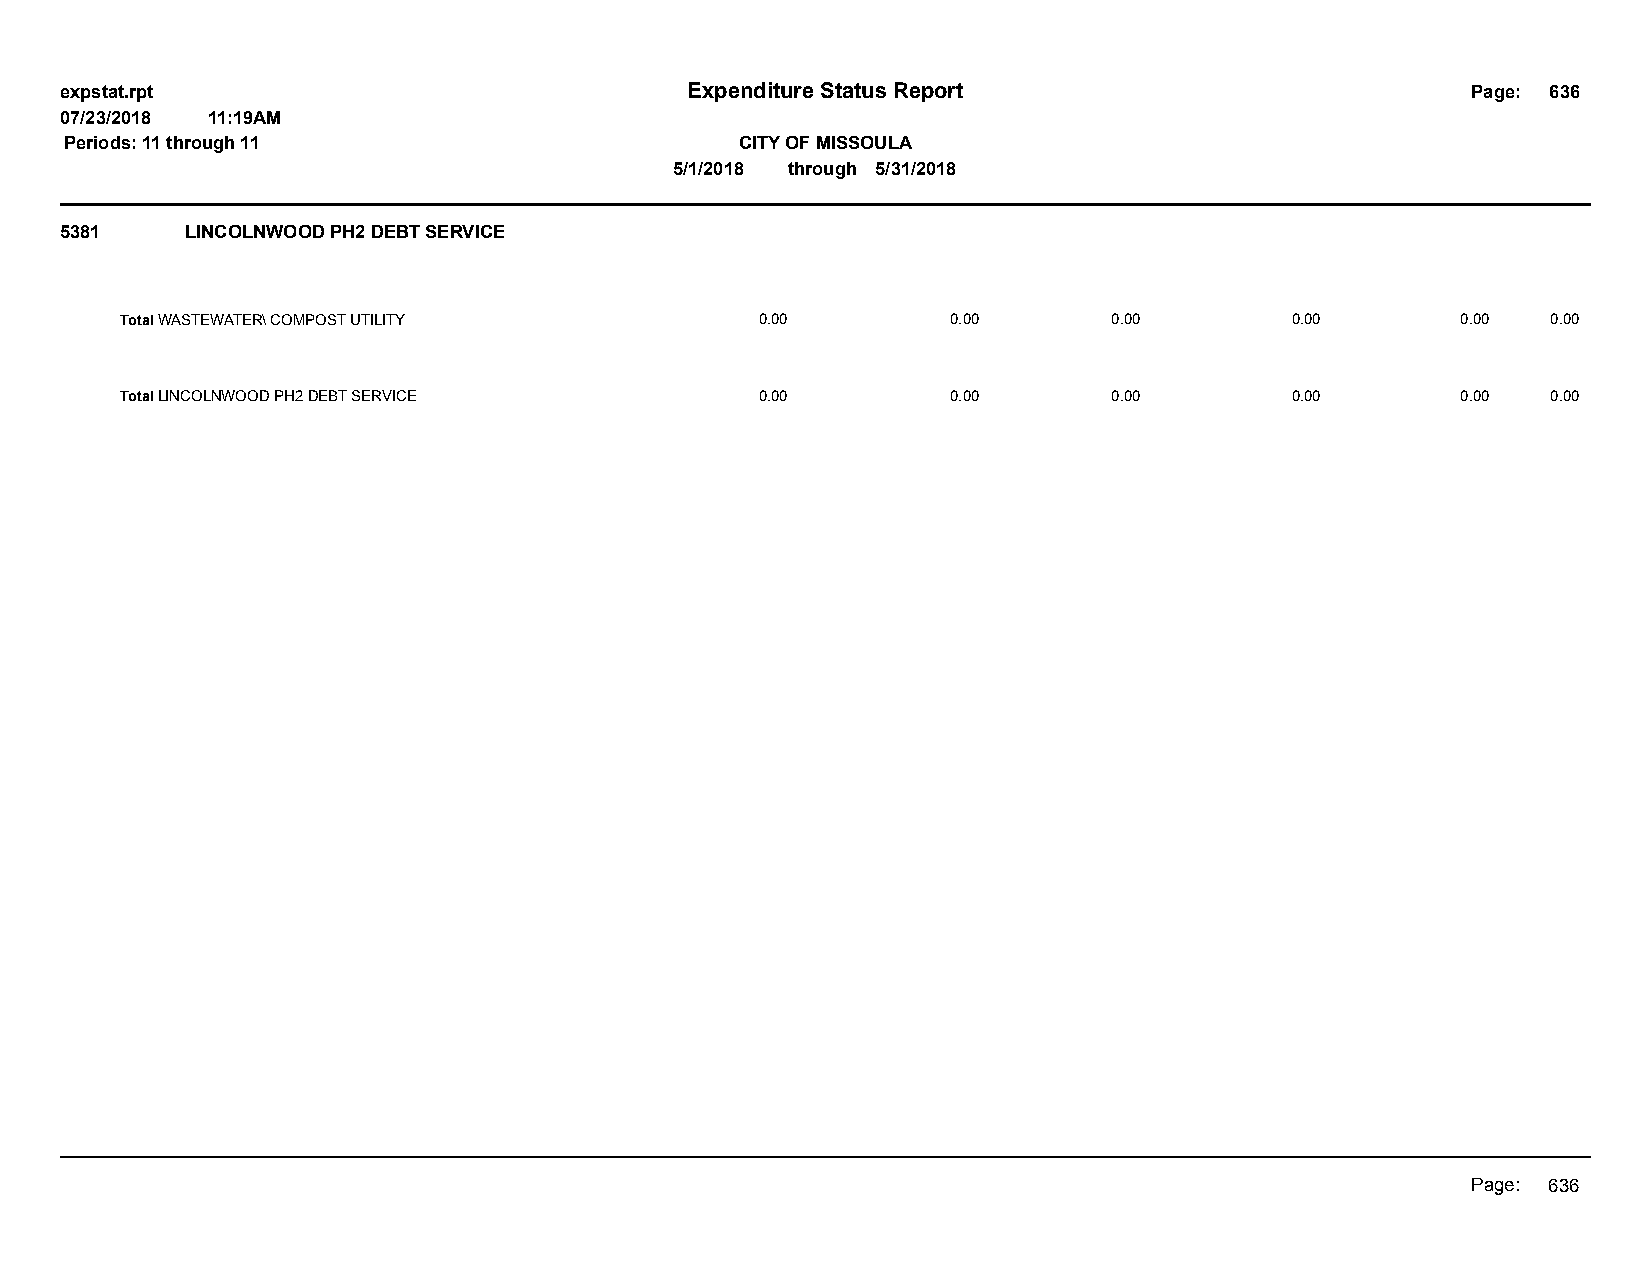
expstat.rpt                              Expenditure Status Report                           Page: 636
 07/23/2018 11:19AM
 Periods: 11 through 11                       CITY OF MISSOULA
 5/1/2018 through 5/31/2018
 5381    LINCOLNWOOD PH2 DEBT SERVICE
 Total WASTEWATER\ COMPOST UTILITY         0.00         0.00       0.00       0.00        0.00  0.00
 Total LINCOLNWOOD PH2 DEBT SERVICE        0.00         0.00       0.00       0.00        0.00  0.00
 Page: 636